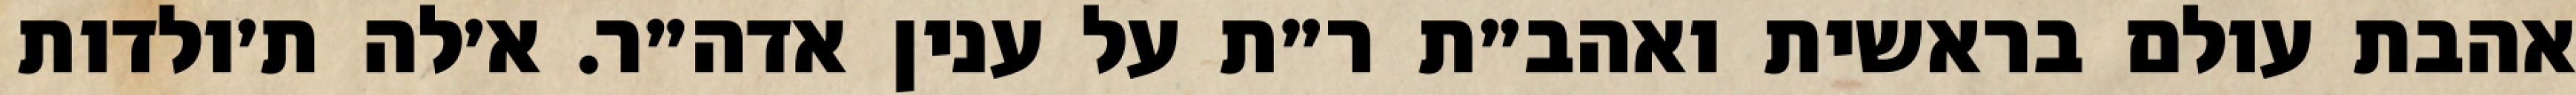
אהבת עולם בראשית ואהב״ת ר״ת על ענין אדה״ר. א׳לה ת׳ולדות